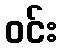
ဝင်း